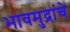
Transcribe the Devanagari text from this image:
भावमुद्रांचे